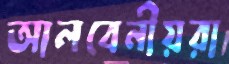
আলবেনীয়রা